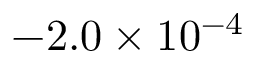
- 2 . 0 \times 1 0 ^ { - 4 }